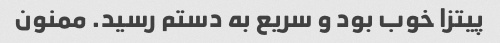
پیتزا خوب بود و سریع به دستم رسید. ممنون